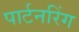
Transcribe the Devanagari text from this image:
पार्टनरिंग